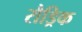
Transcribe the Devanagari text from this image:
रौड्रिक